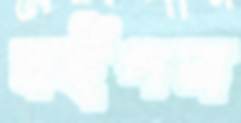
বইপত্র